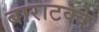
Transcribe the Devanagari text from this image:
बाराटक्के